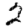
Digit: 2